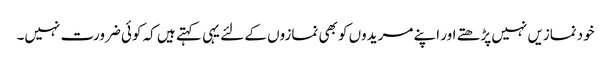
خودنمازیں نہیں پڑھتے اور اپنے مریدوں کو بھی نمازوں کے لئے یہی کہتے ہیں کہ کوئی ضرورت نہیں۔